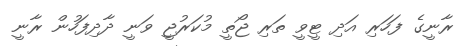
ރާނީގެ ފަހަރި އަދި ޓީވީ ތަރި ޖޯތީ މުކަރުޖީ ވަނީ ދާދިފަހުން ރާނީ